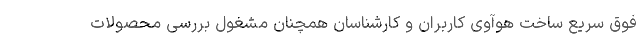
فوق سریع ساخت هوآوی کاربران و کارشناسان همچنان مشغول بررسی محصولات